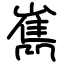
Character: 嶲